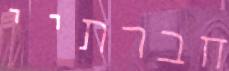
חברתיי